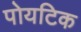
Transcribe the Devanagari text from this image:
पोयटिक